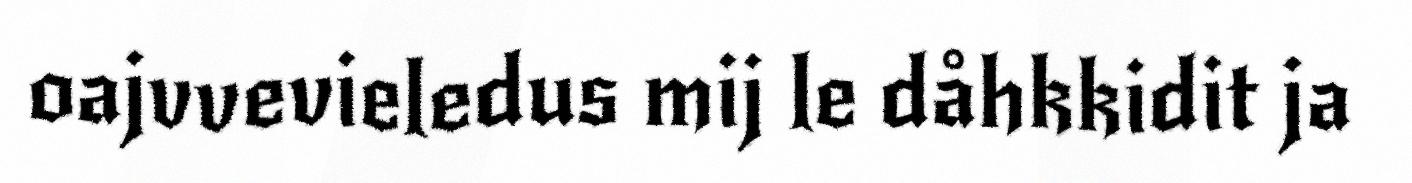
oajvvevieledus mij le dåhkkidit ja